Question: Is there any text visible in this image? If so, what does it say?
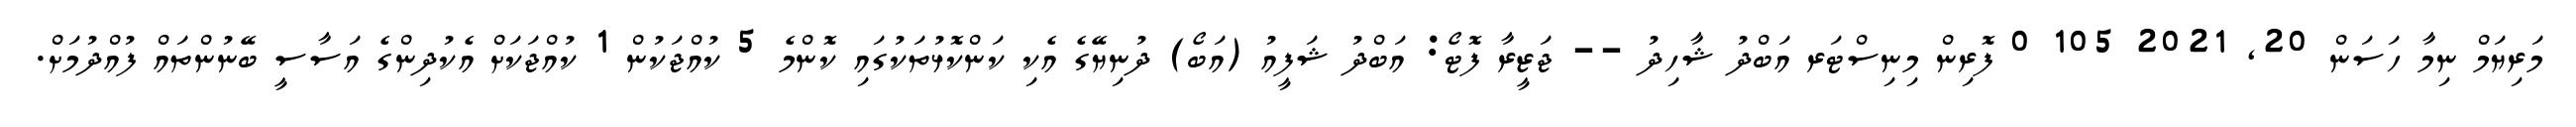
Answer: މަރިޔަމް ނިމާ ހަސަން 20, 2021 105 0 ފޮރިން މިނިސްޓަރ އަބްދު ޝާހިދު -- ޖަޒީރާ ފޮޓޯ: އަބްދު ޝަފީއު (އަބޯ) ދުނިޔޭގެ އެކި ކަންކޮޅުތަކުގައި ކޮންމެ 5 ކުއްޖަކުން 1 ކުއްޖަކަށް އެކުދިންގެ އަސާސީ ބޭނުންތައް ފުއްދުމަށް.